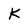
Character: k